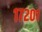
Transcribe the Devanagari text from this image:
१७२०१